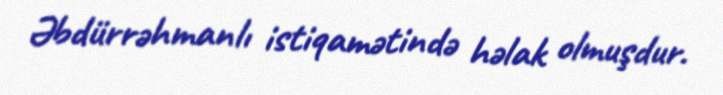
Əbdürrəhmanlı istiqamətində həlak olmuşdur.